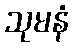
သုမနံ